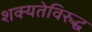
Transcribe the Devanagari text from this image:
शक्यतेविरुद्ध